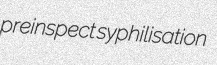
preinspect syphilisation